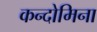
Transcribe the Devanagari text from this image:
कन्दोमिना